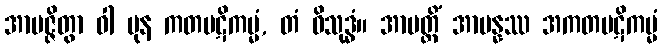
အာပဇ္ဇိတွာ ဝါ ပုန ကတပဋိကမ္မံ, တံ ဝိသုဒ္ဓံ။ အာပတ္တိံ အာပန္နဿ အကတပဋိကမ္မံ